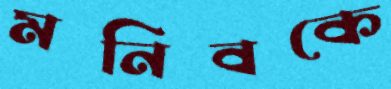
মনিবকে